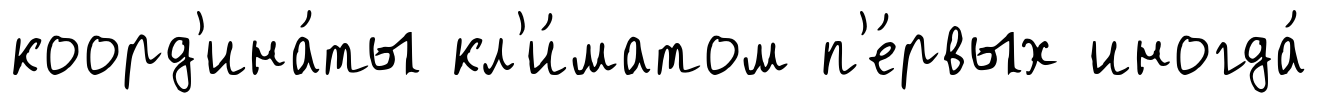
коорд'ина́ты кл'и́матом п'е́рвых иногда́